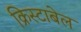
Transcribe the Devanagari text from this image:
क्रिस्टाबेल